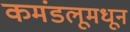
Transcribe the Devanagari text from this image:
कमंडलूमधून